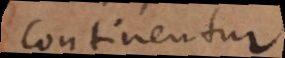
continentur.